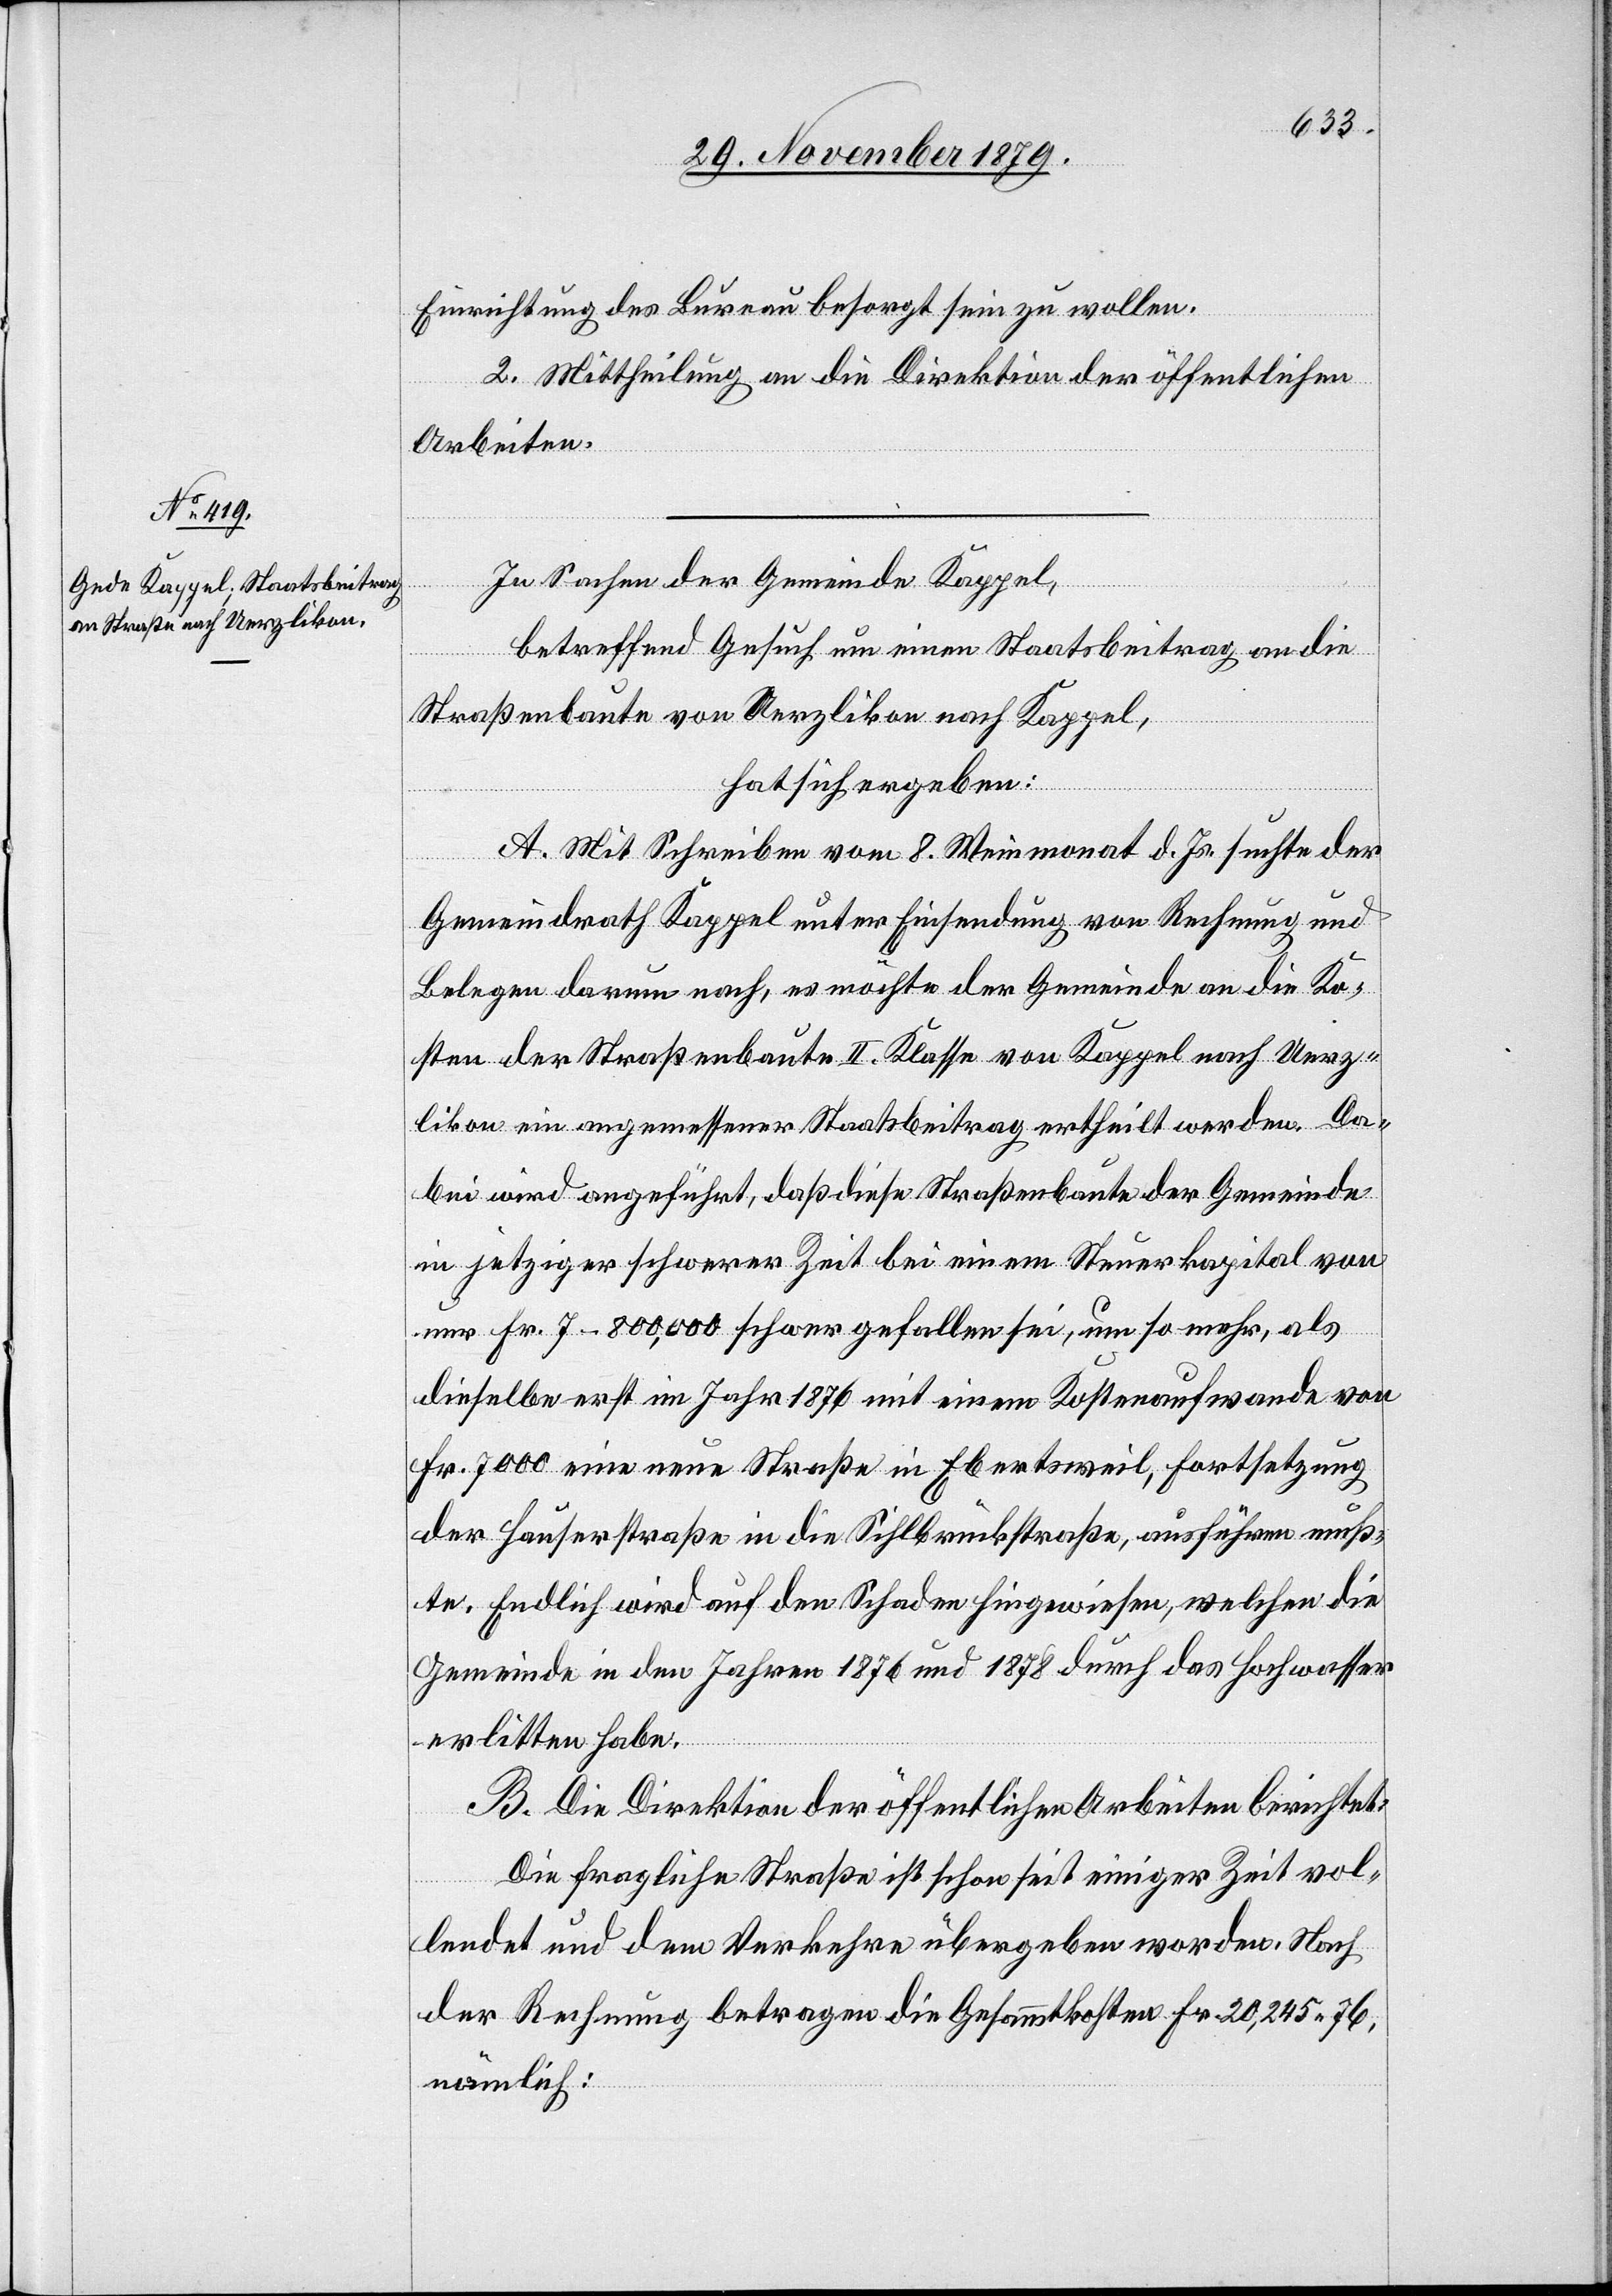
Einrichtung des Bureau besorgt sein zu wollen.
2. Mittheilung an die Direktion der öffentlichen
Arbeiten.
In Sachen der Gemeinde Kappel,
betreffend Gesuch um einen Staatsbeitrag an die
Straßenbaute von Uerzlikon nach Kappel,
hat sich ergeben:
A. Mit Schreiben vom 8. Weinmonat d. Js. suchte der
Gemeindrath Kappel unter Einsendung von Rechnung und
Belegen darum nach, es möchte der Gemeinde an die Ko¬
sten der Straßenbaute III. Klasse von Kappel nach Uerz¬
likon ein angemessener Staatsbeitrag ertheilt werden. Da¬
bei wird angeführt, daß diese Straßenbaute der Gemeinde
in jetziger schwerer Zeit bei einem Steuerkapital von
nur Fr. 7–800,000 schwer gefallen sei, um so mehr, als
dieselbe erst im Jahr 1876 mit einem Kostenaufwande von
Fr. 7000 eine neue Straße in Ebertsweil, Fortsetzung
der Hauserstraße in die Sihlbrückstraße, ausführen muß¬
te. Endlich wird auf den Schaden hingewiesen, welchen die
Gemeinde in den Jahren 1876 und 1878 durch das Hochwasser
erlitten habe.
B. Die Direktion der öffentlichen Arbeiten berichtet:
Die fragliche Straße ist schon seit einiger Zeit vol¬
lendet und dem Verkehre übergeben worden. Nach
der Rechnung betragen die Gesammtkosten Fr. 20,245 76,
nämlich: